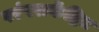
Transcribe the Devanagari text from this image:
परंपराकेंद्रित